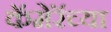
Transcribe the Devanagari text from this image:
कॅमेरॅच्या